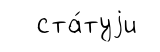
ста́туjи